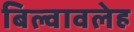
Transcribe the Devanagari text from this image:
बिल्वावलेह